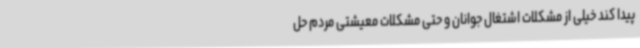
پیدا کند خیلی از مشکلات اشتغال جوانان و حتی مشکلات معیشتی مردم حل